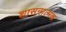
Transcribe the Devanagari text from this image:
शासनात्मक